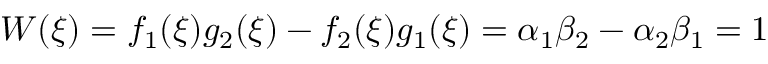
W ( \xi ) = f _ { 1 } ( \xi ) g _ { 2 } ( \xi ) - f _ { 2 } ( \xi ) g _ { 1 } ( \xi ) = \alpha _ { 1 } \beta _ { 2 } - \alpha _ { 2 } \beta _ { 1 } = 1